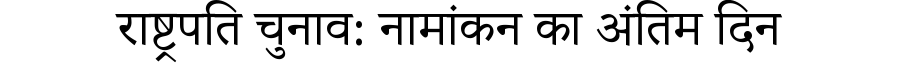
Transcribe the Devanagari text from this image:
राष्ट्रपति चुनाव: नामांकन का अंतिम दिन